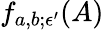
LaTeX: f_{a,b;\epsilon^{\prime}}(A)